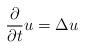
LaTeX: \begin{align*}\frac{\partial}{\partial t}u=\Delta u \end{align*}